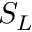
S _ { L }